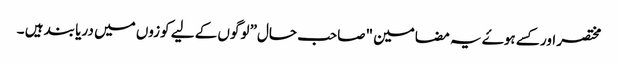
مختصر اور کسے ہوۓ یہ مضامین "صاحب حال” لوگوں کے لیے کوزوں میں دریا بند ہیں ۔